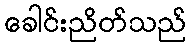
ခေါင်းညိတ်သည်